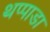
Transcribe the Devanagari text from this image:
थप्पाडा